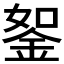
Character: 𨦔